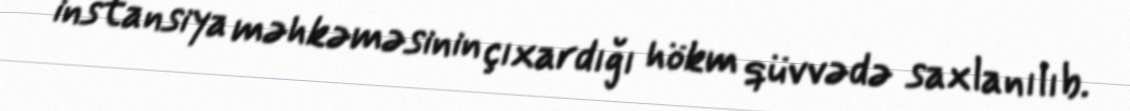
instansiya məhkəməsinin çıxardığı hökm qüvvədə saxlanılıb.